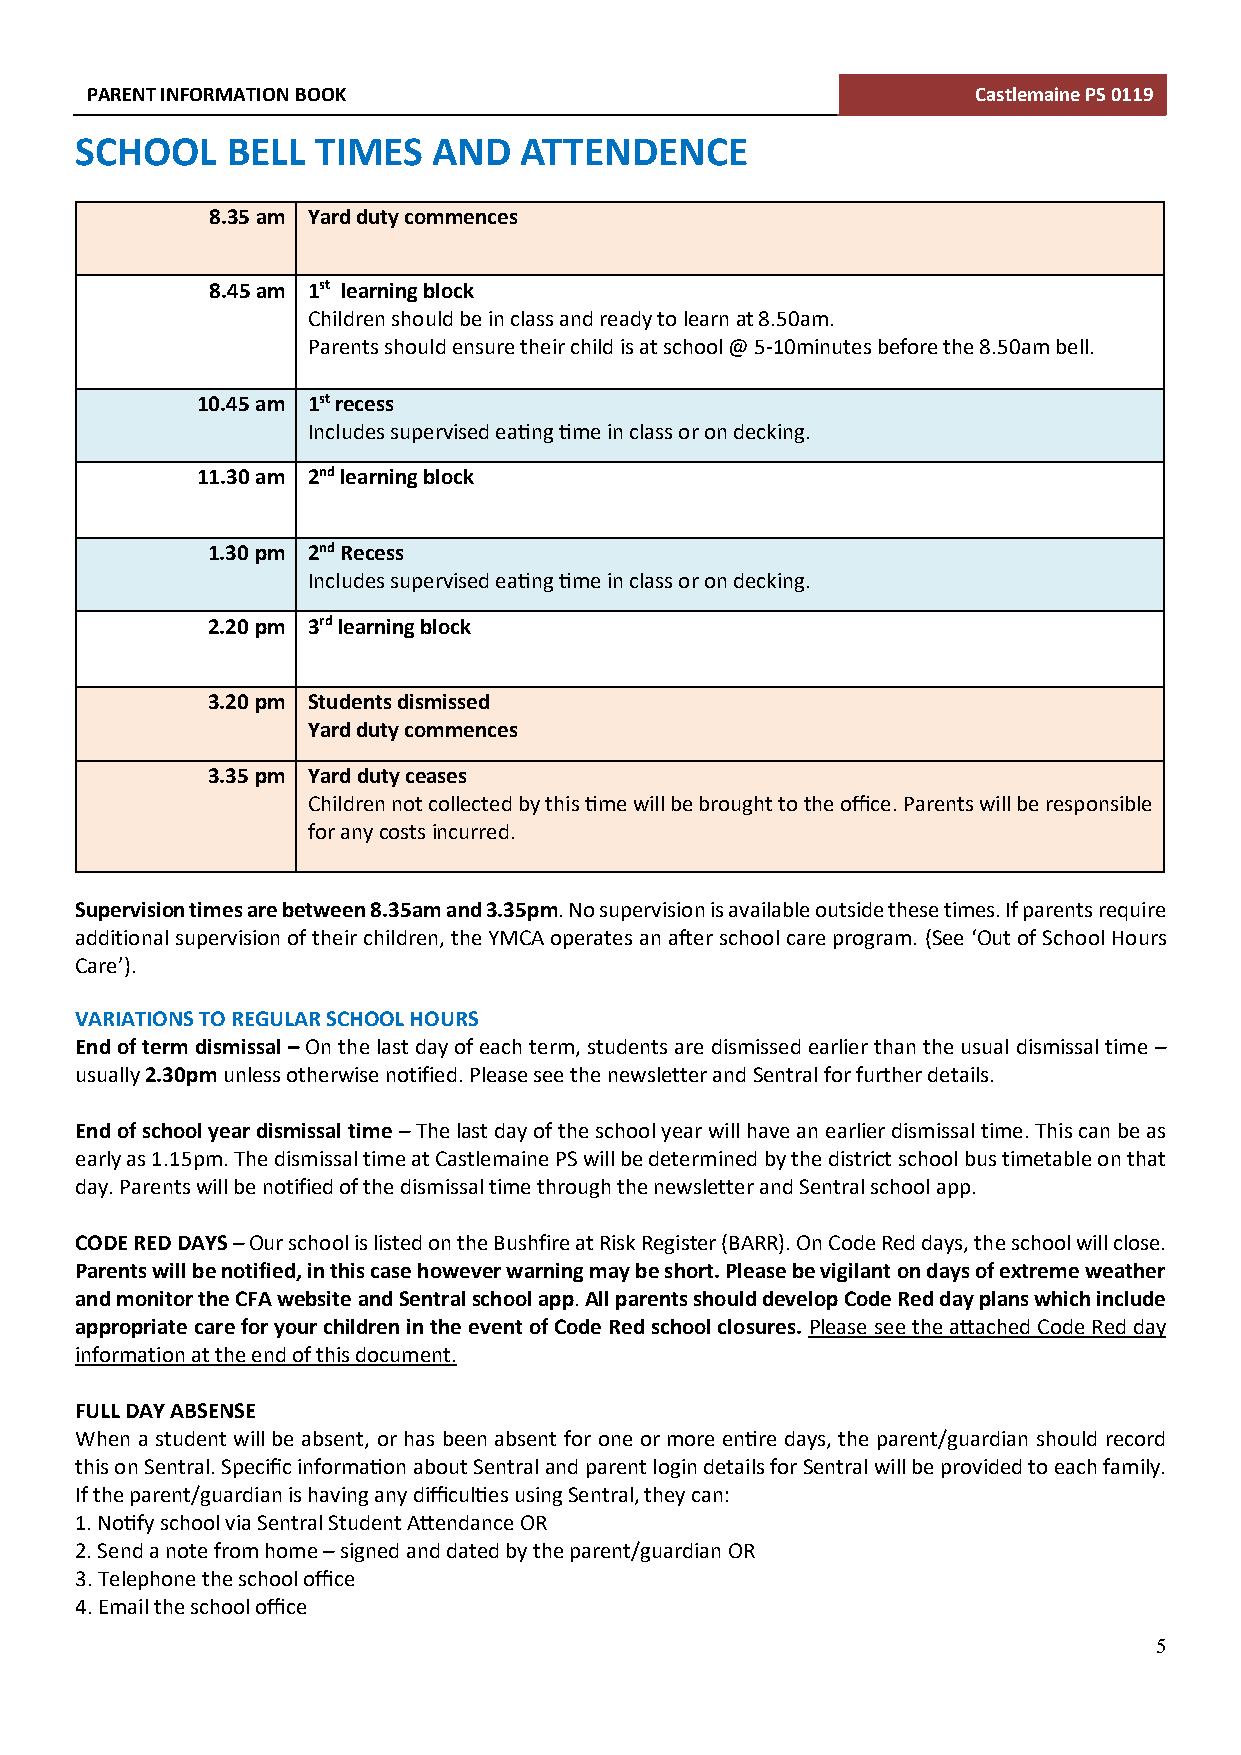
PARENT INFORMATION BOOK                                    Castlemaine PS 0119
 SCHOOL    BELL  TIMES   AND  ATTENDENCE
 8.35 am Yard duty commences
 8.45 am 1st learning block
 Children should be in class and ready to learn at 8.50am.
 Parents should ensure their child is at school @ 5-10minutes before the 8.50am bell.
 10.45 am 1st recess
 Includes supervised eating time in class or on decking.
 11.30 am 2nd learning block
 1.30 pm 2nd Recess
 Includes supervised eating time in class or on decking.
 2.20 pm 3rd learning block
 3.20 pm Students dismissed
 Yard duty commences
 3.35 pm Yard duty ceases
 Children not collected by this time will be brought to the office. Parents will be responsible
 for any costs incurred.
 Supervision times are between 8.35am and 3.35pm. No supervision is available outside these times. If parents require
 additional supervision of their children, the YMCA operates an after school care program. (See ‘Out of School Hours
 Care’).
 VARIATIONS TO REGULAR SCHOOL HOURS
 End of term dismissal – On the last day of each term, students are dismissed earlier than the usual dismissal time –
 usually 2.30pm unless otherwise notified. Please see the newsletter and Sentral for further details.
 End of school year dismissal time – The last day of the school year will have an earlier dismissal time. This can be as
 early as 1.15pm. The dismissal time at Castlemaine PS will be determined by the district school bus timetable on that
 day. Parents will be notified of the dismissal time through the newsletter and Sentral school app.
 CODE RED DAYS – Our school is listed on the Bushfire at Risk Register (BARR). On Code Red days, the school will close.
 Parents will be notified, in this case however warning may be short. Please be vigilant on days of extreme weather
 and monitor the CFA website and Sentral school app. All parents should develop Code Red day plans which include
 appropriate care for your children in the event of Code Red school closures. Please see the attached Code Red day
 information at the end of this document.
 FULL DAY ABSENSE
 When a student will be absent, or has been absent for one or more entire days, the parent/guardian should record
 this on Sentral. Specific information about Sentral and parent login details for Sentral will be provided to each family.
 If the parent/guardian is having any difficulties using Sentral, they can:
 1. Notify school via Sentral Student Attendance OR
 2. Send a note from home – signed and dated by the parent/guardian OR
 3. Telephone the school office
 4. Email the school office
 5